Vaccination United Provinces of Agra and Oudh 1902-1913 - 1902-1913
Year: 1902
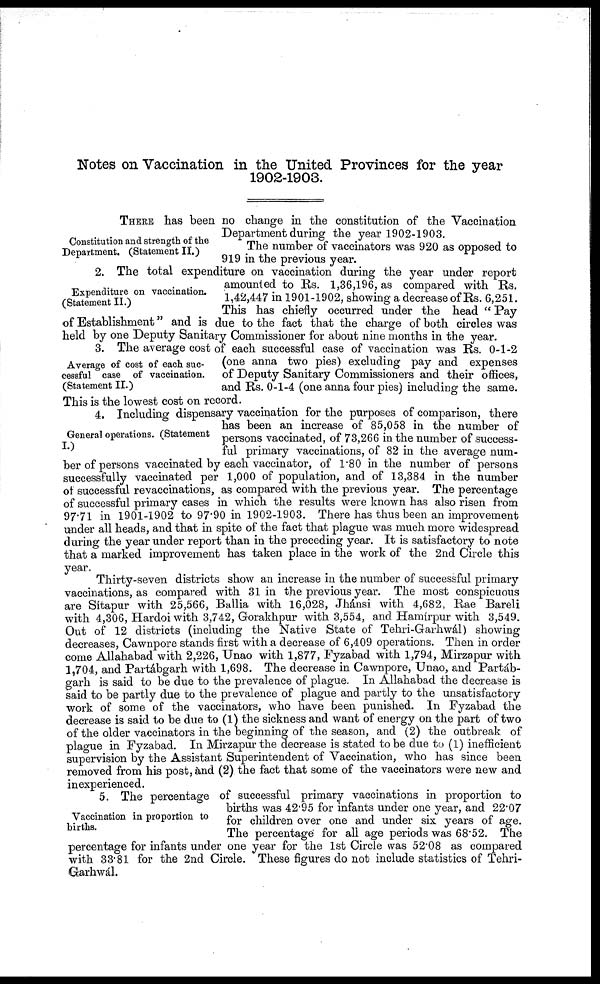
Notes on Vaccination in the United Provinces for the year
1902-1903.
Constitution and strength of the
Department. (Statement II.)
THERE has been no change in the constitution of the Vaccination
Department during the year 1902-1903.
The number of vaccinators was 920 as opposed to
919 in the previous year.
Expenditure on vaccination
(Statement II.)
2. The total expenditure on vaccination during the year under report
amounted to Rs. 1,36,196, as compared with Rs.
1,42,447 in 1901-1902, showing a decrease of Rs. 6,251.
This has chiefly occurred under the head " Pay
of Establishment" and is due to the fact that the charge of both circles was
held by one Deputy Sanitary Commissioner for about nine months in the year.
Average of cost of each suc-
cessful case of vaccination.
(Statement II.)
3. The average cost of each successful case of vaccination was Rs. 0-1-2
(one anna two pies) excluding pay and expenses
of Deputy Sanitary Commissioners and their offices,
and Rs. 0-1-4 (one anna four pies) including the same.
This is the lowest cost on record.
General operations. (Statement
I.)
4. Including dispensary vaccination for the purposes of comparison, there
has been an increase of 85,058 in the number of
persons vaccinated, of 73,266 in the number of success-
ful primary vaccinations, of 82 in the average num-
ber of persons vaccinated by each vaccinator, of 1.80 in the number of persons
successfully vaccinated per 1,000 of population, and of 13,384 in the number
of successful revaccinations, as compared with the previous year. The percentage
of successful primary cases in which the results were known has also risen from
97.71 in 1901-1902 to 97.90 in 1902-1903. There has thus been an improvement
under all heads, and that in spite of the fact that plague was much more widespread
during the year under report than in the preceding year. It is satisfactory to note
that a marked improvement has taken place in the work of the 2nd Circle this
year.
Thirty-seven districts show an increase in the number of successful primary
vaccinations, as compared with 31 in the previous year. The most conspicuous
are Sítapur with 25,566, Ballia with 16,028, Jhánsi with 4,682, Rae Bareli
with 4,306, Hardoiwith 3,742, Gorakhpur with 3,554, and Hamírpur with 3,549.
Out of 12 districts (including the Native State of Tehri-Garhwál) showing
decreases, Cawnpore stands first with a decrease of 6,409 operations. Then in order
come Allahabad with 2,226, Unao with 1,877, Fyzabad with 1,794, Mirzapur with
1,704, and Partábgarh with 1,698. The decrease in Cawnpore, Unao, and Partáb-
garh is said to be due to the prevalence of plague. In Allahabad the decrease is
said to be partly due to the prevalence of plague and partly to the unsatisfactory
work of some of the vaccinators, who have been punished. In Fyzabad the
decrease is said to be due to (1) the sickness and want of energy on the part of two
of the older vaccinators in the beginning of the season, and (2) the outbreak of
plague in Fyzabad. In Mirzapur the decrease is stated to be due to (1) inefficient
supervision by the Assistant Superintendent of Vaccination, who has since been
removed from his post, and (2) the fact that some of the vaccinators were new and
inexperienced.
Vaccination in proportion to
births.
5. The percentage of successful primary vaccinations in proportion to
births was 42.95 for infants under one year, and 22.07
for children over one and under six years of age.
The percentage for all age periods was 68.52. The
percentage for infants under one year for the 1st Circle was 52.08 as compared
with 33.81 for the 2nd Circle. These figures do not include statistics of Tehri-
Garhwal.